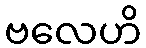
ဗလေဟိ